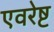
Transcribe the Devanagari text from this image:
एवरेष्ट